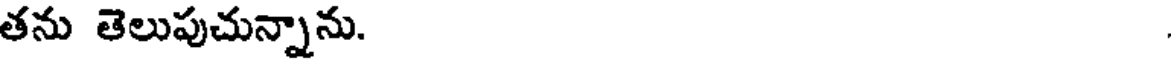
తను తెలుపుచున్నాను.